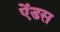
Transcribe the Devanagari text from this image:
ऐंडस